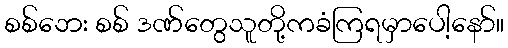
စစ်ဘေး စစ် ဒဏ်တွေသူတို့ကခံကြရမှာပေါ့နော်။